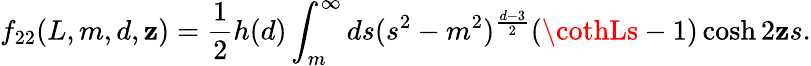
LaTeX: f_{22}(L,m,d,\mathbf{z})=\frac{{1}}{{2}}h(d)\int_{m}^{\infty}ds(s^{2}-m^{2})^{\frac{{d-3}}{{2}}}(\cothLs-1)\cosh2\mathbf{z}s.